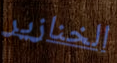
الخنازير